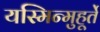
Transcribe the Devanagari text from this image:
यस्मिन्मुहूर्ते